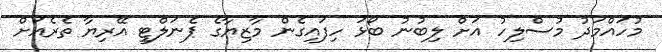
މުހައްމަދު މުސްލިހު އަށް ލިބުނު ބޯޅަ ހިފައިގެން މާޒިޔާގެ ޕެނަލްޓީ އޭރިޔާ ތެރެއަށް